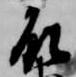
殿